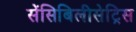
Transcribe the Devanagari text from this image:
सेंसिबिलीसेट्रिस